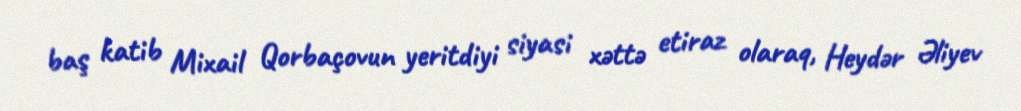
baş katib Mixail Qorbaçovun yeritdiyi siyasi xəttə etiraz olaraq, Heydər Əliyev